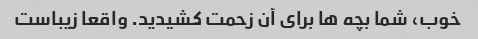
خوب، شما بچه ها برای آن زحمت کشیدید. واقعا زیباست